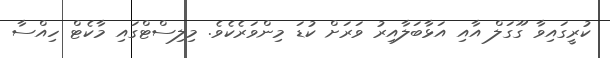
ކުރީގައިވާ ގޫގަލް އާއި އަޅާބަލާއިރު ވަރަށް ކުޑަ މިންވަރެކެވެ. މިލިސްޓްގައި މާކެޓް ހިއްސާ